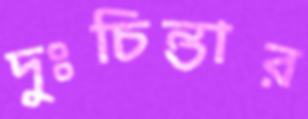
দুঃচিন্তার